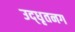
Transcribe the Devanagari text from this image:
उद्‌धृतनग